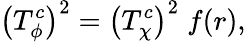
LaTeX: \left(T_{\phi}^{c}\right)^{2}=\left(T_{\chi}^{c}\right)^{2}\; f(r),